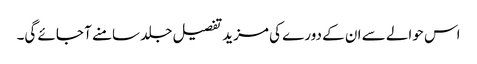
اس حوالے سے ان کے دورے کی مزید تفصیل جلد سامنے آ جائے گی۔